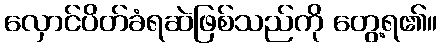
လှောင်ပိတ်ခံရဆဲဖြစ်သည်ကို တွေ့ရ၏။